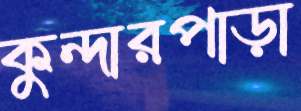
কুন্দারপাড়া